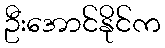
ဦးအောင်နိုင်က